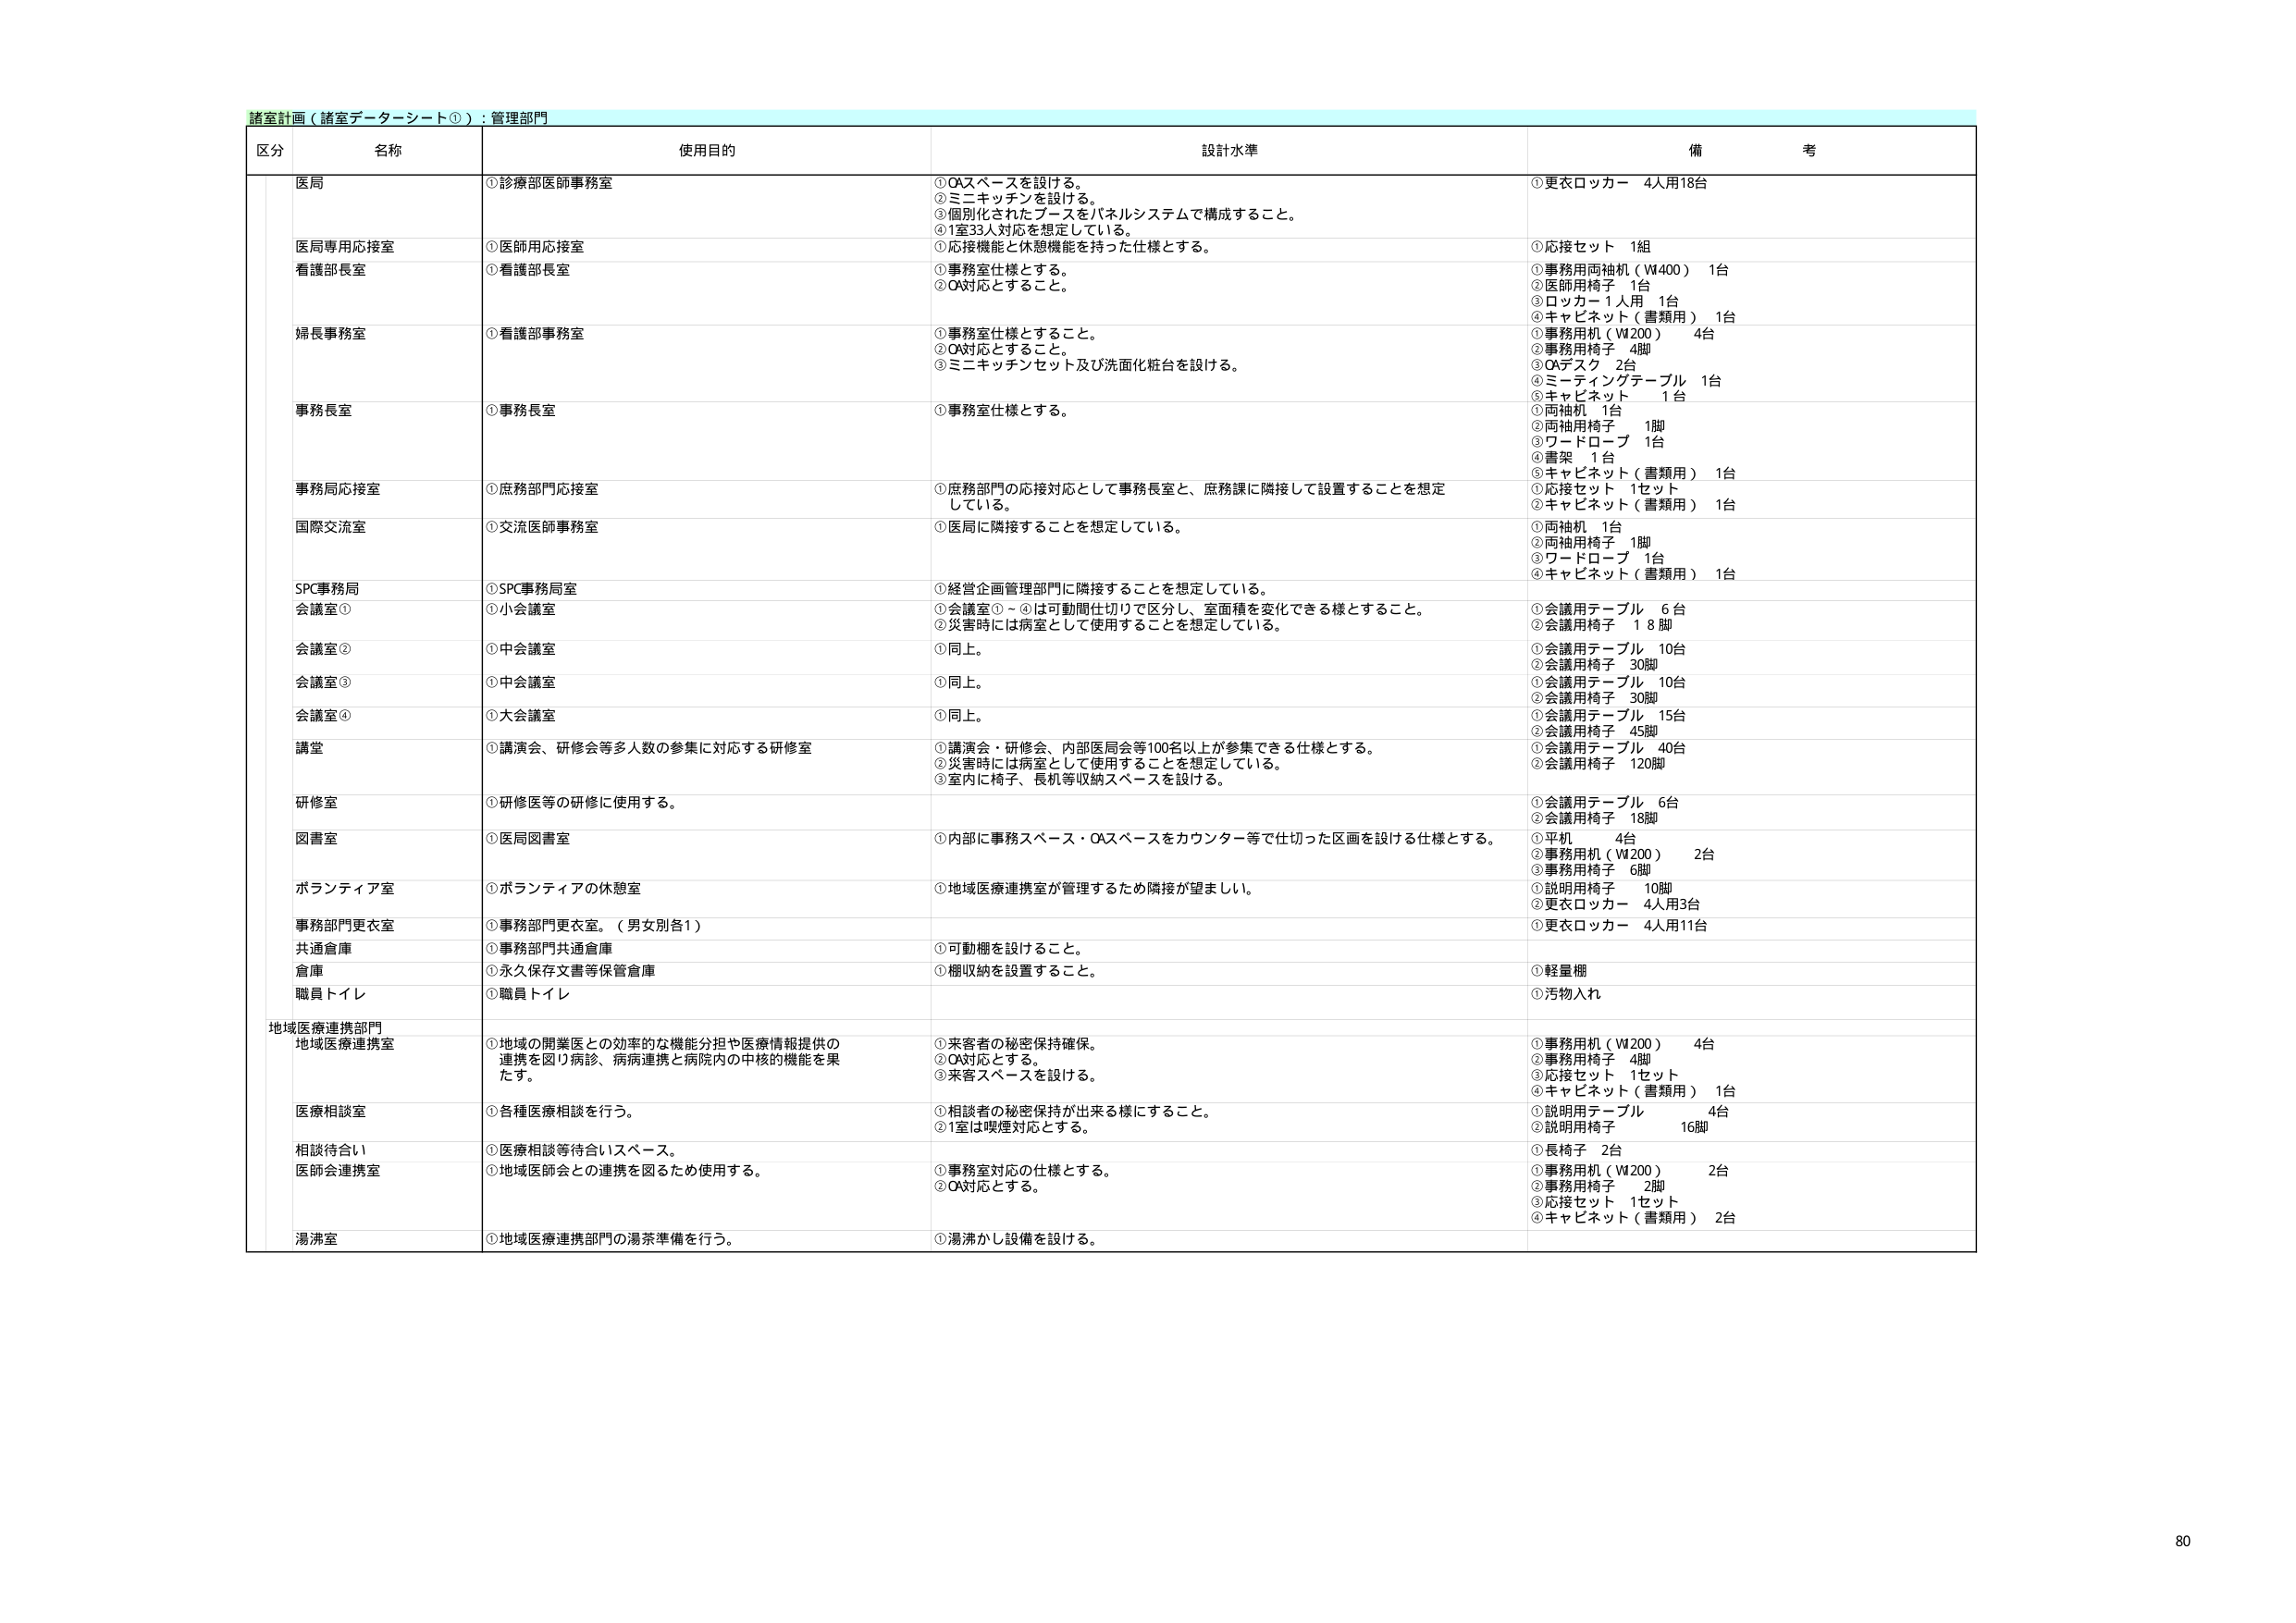
諸室計画（諸室データシート①）：管理部門

区分 名称 使用目的 設計水準 備考

医局 ①診療部医師事務室 ①OAスペースを設ける。 ②ミニキッチンを設ける。 ③個別化されたブースをパネルシステムで構成すること。 ④1室33人対応を想定している。 ①更衣ロッカー 4人用18台

医局専用応接室 ①医師用応接室 ①応接機能と休憩機能を持った仕様とする。 ①応接セット 1組

看護部長室 ①看護部長室 ①事務室仕様とすること。 ②OA対応とすること。 ①事務用両袖机（W400） 1台 ②医師用椅子 1台 ③ロッカー1人用 1台 ④キャビネット（書類用） 1台

婦長事務室 ①看護部事務室 ①事務室仕様とすること。 ②OA対応とすること。 ③ミニキッチンセット及び洗面化粧台を設ける。 ①事務用机（W200） 4台 ②事務用椅子 4脚 ③OAデスク 2台 ④ミーティングテーブル 1台 ⑤キャビネット 1台

事務長室 ①事務長室 ①事務室仕様とする。 ①両袖机 1台 ②両袖用椅子 1脚 ③ワードローブ 1台 ④書架 1台 ⑤キャビネット（書類用） 1台

事務局応接室 ①庶務部門応接室 ①庶務部門の応接対応として事務長室と、庶務課に隣接して設置することを想定している。 ①応接セット 1セット ②キャビネット（書類用） 1台

国際交流室 ①交流医師事務室 ①医局に隣接することを想定している。 ①両袖机 1台 ②両袖用椅子 1脚 ③ワードローブ 1台 ④キャビネット（書類用） 1台

SPC事務局 ①SPC事務局室 ①経営企画管理部門に隣接することを想定している。

会議室① ①小会議室 ①会議室①～④は可動間仕切りで区分し、室面積を変化できる様とすること。 ②災害時には病室として使用することを想定している。 ①会議用テーブル 6台 ②会議用椅子 18脚

会議室② ①中会議室 ①同上。 ①会議用テーブル 10台 ②会議用椅子 30脚

会議室③ ①中会議室 ①同上。 ①会議用テーブル 10台 ②会議用椅子 30脚

会議室④ ①大会議室 ①同上。 ①会議用テーブル 15台 ②会議用椅子 45脚

講堂 ①講演会、研修会等多人数の参集に対応する研修室 ①講演会・研修会、内部医局会等100名以上が参集できる仕様とする。 ②災害時には病室として使用することを想定している。 ③室内に椅子、長机等収納スペースを設ける。 ①会議用テーブル 40台 ②会議用椅子 120脚

研修室 ①研修医等の研修に使用する。 ①会議用テーブル 6台 ②会議用椅子 18脚

図書室 ①医局図書室 ①内部に事務スペース・OAスペースをカウンター等で仕切った区画を設ける仕様とする。 ①平机 4台 ②事務用机（W200） 2台 ③事務用椅子 6脚

ボランティア室 ①ボランティアの休憩室 ①地域医療連携室が管理するため隣接が望ましい。 ①説明用椅子 10脚 ②更衣ロッカー 4人用3台

事務部門更衣室 ①事務部門更衣室。（男女別各1） ①更衣ロッカー 4人用11台

共通倉庫 ①事務部門共通倉庫 ①可動棚を設けること。

倉庫 ①永久保存文書等保管倉庫 ①棚収納を設置すること。 ①軽量棚

職員トイレ ①職員トイレ ①汚物入れ

地域医療連携部門 地域医療連携室 ①地域の開業医との効率的な機能分担や医療情報提供の連携を図り病診、病病連携と病院内の中核的機能を果たす。 ①来客者の秘密保持確保。 ②OA対応とする。 ③来客スペースを設ける。 ①事務用机（W200） 4台 ②事務用椅子 4脚 ③応接セット 1セット ④キャビネット（書類用） 1台

医療相談室 ①各種医療相談を行う。 ①相談者の秘密保持が出来る様にすること。 ②1室は喫煙対応とする。 ①説明用テーブル 4台 ②説明用椅子 16脚

相談待合い ①医療相談等待合いスペース。 ①長椅子 2台

医師会連携室 ①地域医師会との連携を図るため使用する。 ①事務室対応の仕様とする。 ②OA対応とする。 ①事務用机（W200） 2台 ②事務用椅子 2脚 ③応接セット 1セット ④キャビネット（書類用） 2台

湯沸室 ①地域医療連携部門の湯茶準備を行う。 ①湯沸かし設備を設ける。

80